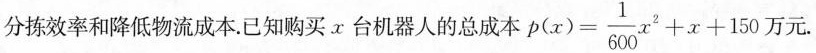
分拣效率和降低物流成本。已知购买x台机器人的总成本 $$p(x)= \frac{1}{600}x^{2}+x+150$$ 万元.